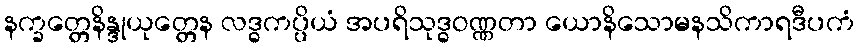
နက္ခတ္တေနိန္ဒုယုတ္တေန လဒ္ဓကပ္ပိယံ အပရိသုဒ္ဓဝဏ္ဏတာ ယောနိသောမနသိကာရဒီပကံ